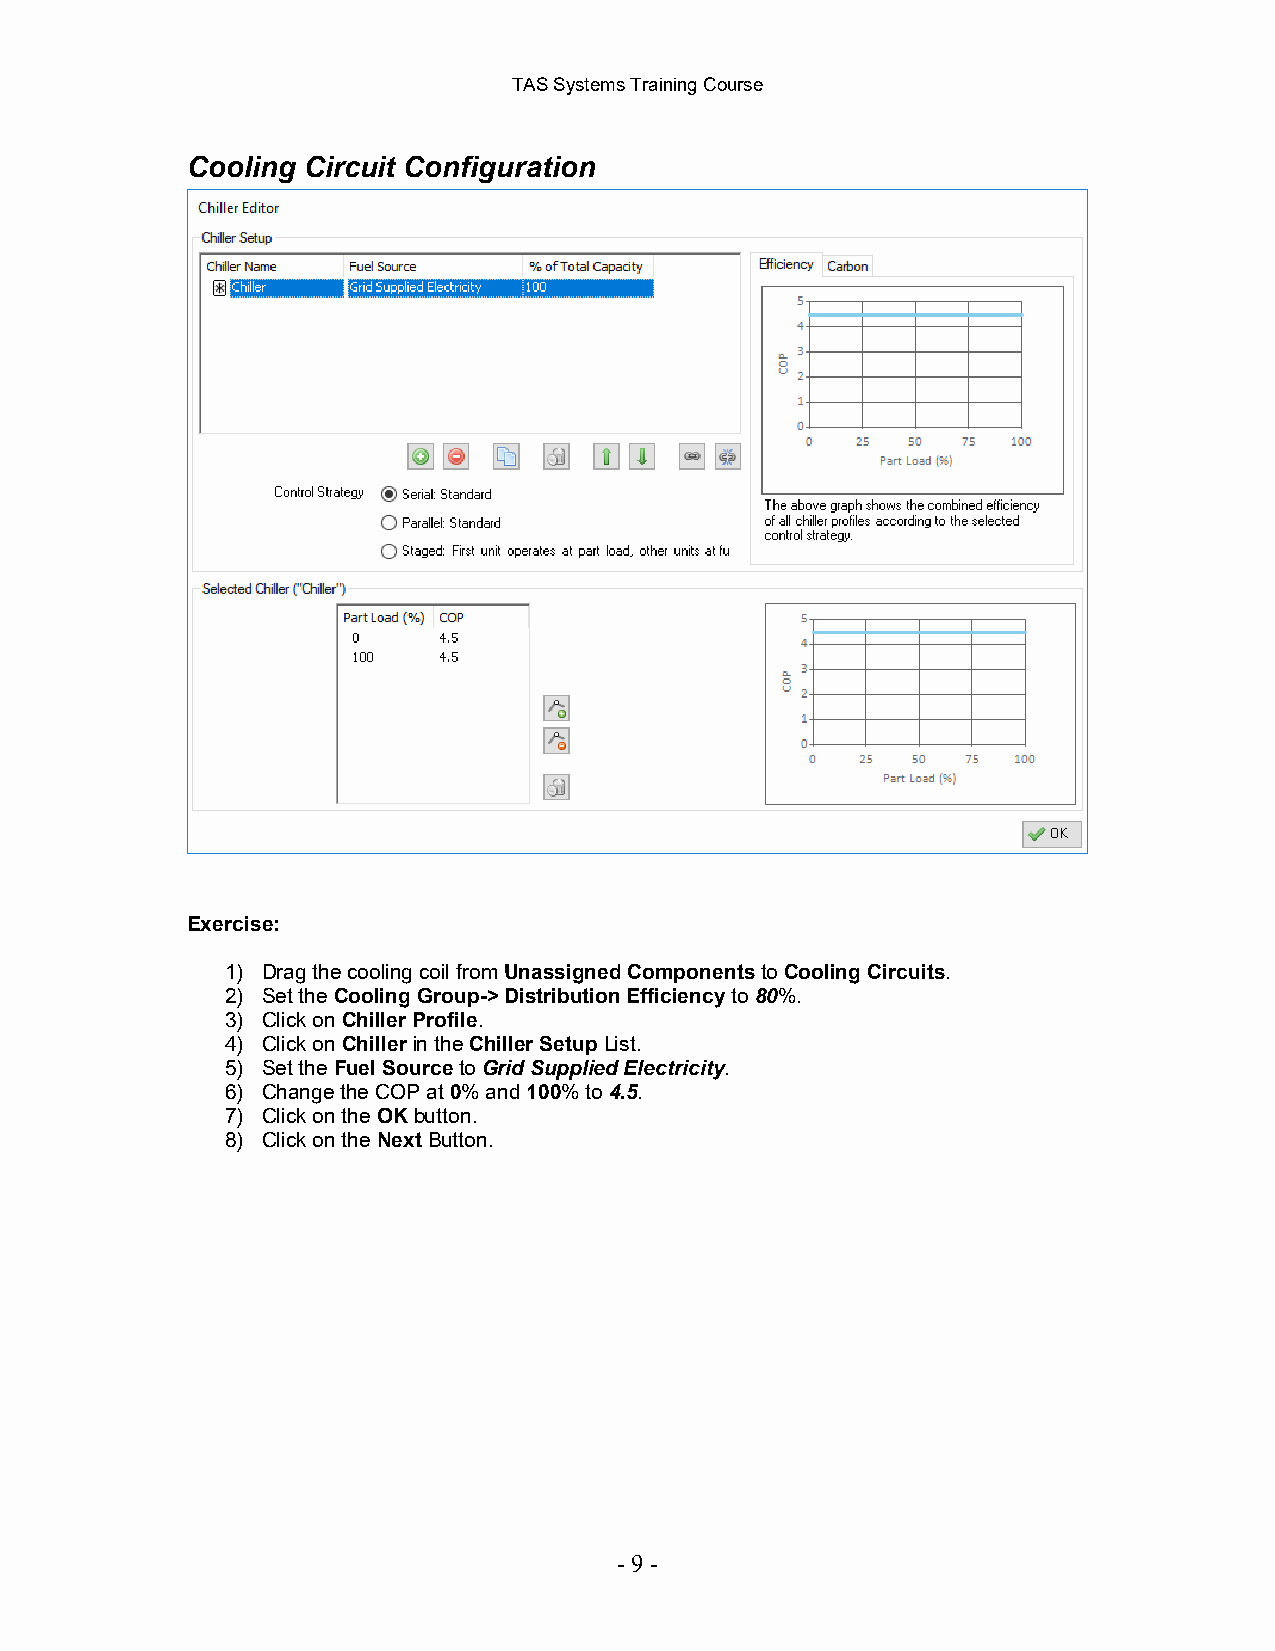
TAS Systems Training Course
 Cooling Circuit Configuration
 Exercise:
 1) Drag the cooling coil from Unassigned Components to Cooling Circuits.
 2) Set the Cooling Group-> Distribution Efficiency to 80%.
 3) Click on Chiller Profile.
 4) Click on Chiller in the Chiller Setup List.
 5) Set the Fuel Source to Grid Supplied Electricity.
 6) Change the COP at 0% and 100% to 4.5.
 7) Click on the OK button.
 8) Click on the Next Button.
 - 9 -